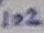
Text: Xp10